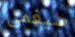
سيغمى